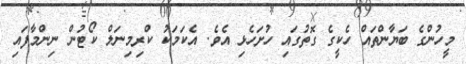
މީހުންގެ ބަޔާންތައް ހެކީގެ ގޮތުގައި ހުށަހެޅި އެވެ. އެކަމަކު ކްރިމިނަލް ކޯޓުން ނިންމާފައި